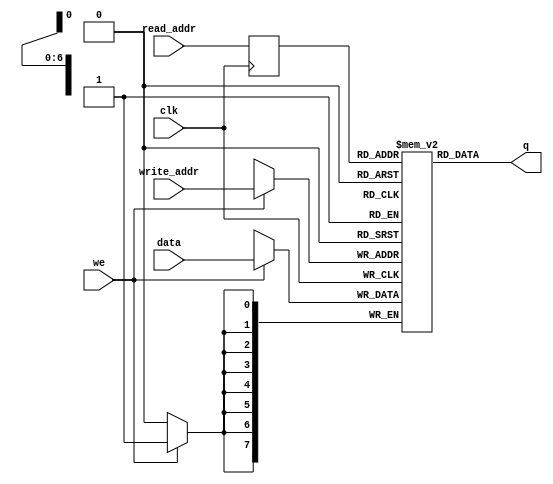
module w_value_ram(data,write_addr,read_addr,we,clk,q
);

parameter DATA_WIDTH=8;
parameter ADDR_WIDTH=7;
input[(DATA_WIDTH-1):0] data;
input[(ADDR_WIDTH-1):0] write_addr;
input[(ADDR_WIDTH-1):0] read_addr;
input we,clk;
output[(DATA_WIDTH-1):0] q;
	


// this module creates a RAM of size (4*4)*128,with initially all zeros
reg[DATA_WIDTH-1:0] mem[2**ADDR_WIDTH-1:0];
reg[ADDR_WIDTH-1:0] addr_reg;

integer i;

initial begin
	for (i=0;i<2**ADDR_WIDTH;i=i+1) begin
		mem[i]<=8'b0;
	end
	addr_reg<=7'b0;
end


always@(posedge clk)begin
	if(we)
		mem[write_addr] <=data;
	addr_reg<=read_addr;
end
assign q = mem[addr_reg]; //q does not get d in this clock cycle if we is high


endmodule